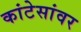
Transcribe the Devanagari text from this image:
कांटेसांवर